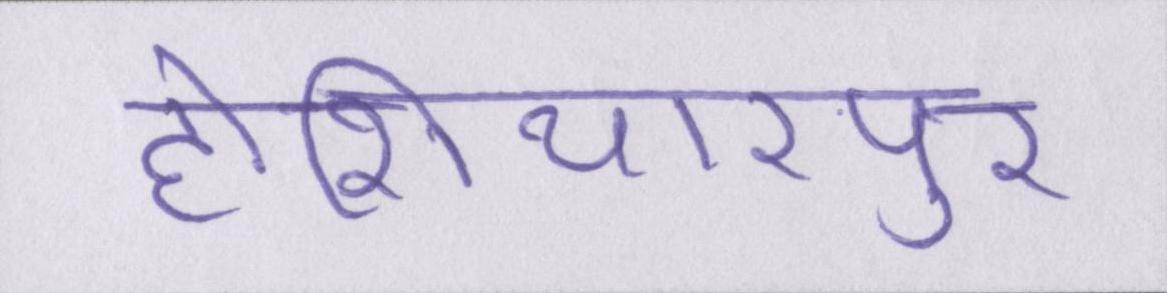
होशियारपुर